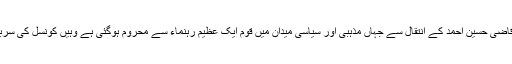
ملی یکجہتی کونسل کے صدر قاضی حسین احمد کے انتقال سے جہاں مذہبی اور سیاسی میدان میں قوم ایک عظیم رہنماء سے محروم ہوگئی ہے وہیں کونسل کی سربراہی کا خلا بھی پیدا ہوگیا ہے۔